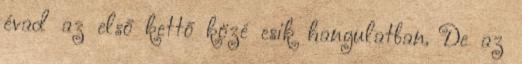
évad az első kettő közé esik hangulatban. De az